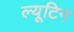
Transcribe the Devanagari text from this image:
ल्यूटिन